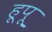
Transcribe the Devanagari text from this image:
हूपू